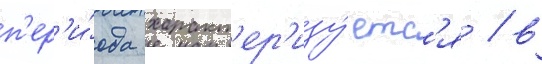
п'ер'и́ода характ'ер'изу́етс'я / в